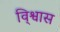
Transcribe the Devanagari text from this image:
वि्श्वास